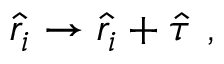
\hat { r } _ { i } \to \hat { r } _ { i } + \hat { \tau } \mathrm { ~ , ~ }